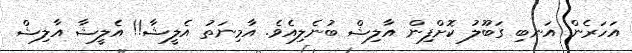
އަހަރެން އަނބި ގަބޫލު ކޮށްފިން އާލިޝް ބުނެލިއެވެ. އާމިނަތު އެލީޝާ!! އެލީޝާ އާލިޝް